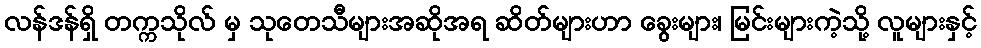
လန်ဒန်ရှိ တက္ကသိုလ် မှ သုတေသီများအဆိုအရ ဆိတ်များဟာ ခွေးများ၊ မြင်းများကဲ့သို့ လူများနှင့်